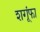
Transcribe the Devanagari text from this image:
शगूंफा